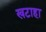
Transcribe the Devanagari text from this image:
खटाहा